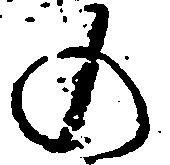
の